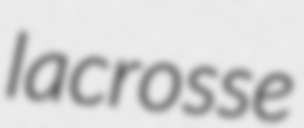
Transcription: lacrosse